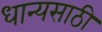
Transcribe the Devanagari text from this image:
धान्यसाठी